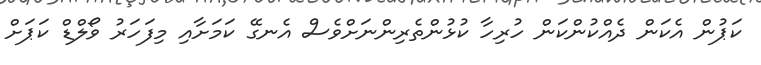
ކަޕުން އެކަން ދެއްކުންކަން ހުރިހާ ކުޅުންތެރިންނަށްވެސް އެނގޭ ކަމަށާއި މިފަހަރު ވޯލްޑް ކަޕަށް